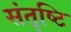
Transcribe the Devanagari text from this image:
संतृष्टि